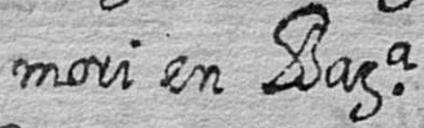
mori en Bara